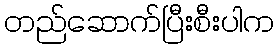
တည်ဆောက်ပြီးစီးပါက